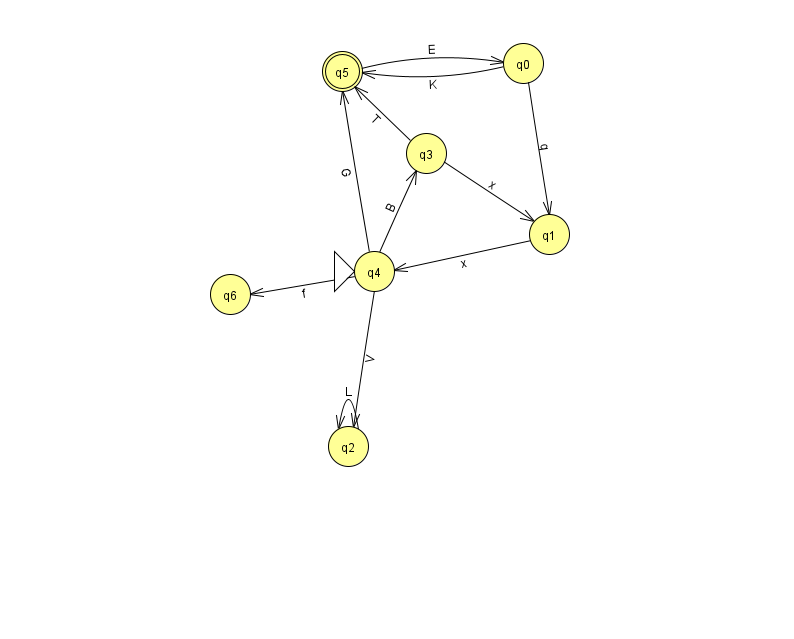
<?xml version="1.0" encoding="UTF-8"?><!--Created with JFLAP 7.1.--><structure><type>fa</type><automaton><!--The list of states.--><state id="0" name="q0"><x>523.0</x><y>50.0</y></state><state id="1" name="q1"><x>549.0</x><y>221.0</y></state><state id="2" name="q2"><x>348.0</x><y>433.0</y></state><state id="3" name="q3"><x>426.0</x><y>140.0</y></state><state id="4" name="q4"><x>374.0</x><y>258.0</y><initial/></state><state id="5" name="q5"><x>342.0</x><y>58.0</y><final/></state><state id="6" name="q6"><x>230.0</x><y>281.0</y></state><!--The list of transitions.--><transition><from>1</from><to>4</to><read>x</read></transition><transition><from>3</from><to>1</to><read>x</read></transition><transition><from>4</from><to>3</to><read>B</read></transition><transition><from>4</from><to>6</to><read>f</read></transition><transition><from>0</from><to>5</to><read>K</read></transition><transition><from>5</from><to>0</to><read>E</read></transition><transition><from>2</from><to>2</to><read>L</read></transition><transition><from>0</from><to>1</to><read>q</read></transition><transition><from>3</from><to>5</to><read>T</read></transition><transition><from>4</from><to>2</to><read>V</read></transition><transition><from>4</from><to>5</to><read>G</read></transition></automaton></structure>